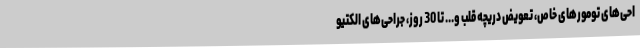
احی‌های تومورهای خاص، تعویض دریچه قلب و... تا 30 روز، جراحی‌های الکتیو